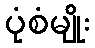
ပုံစံမျိုး